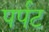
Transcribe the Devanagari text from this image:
पर्पट